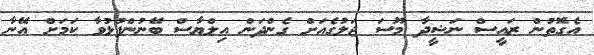
އެގޮތުން ރައީސް ނަޝީދާ މޫސަ ޖަލުގެއަށް ގެންދަން އިލްޔާސް ބޭނުންފުޅުވާ ކަމަށް އޭނާ